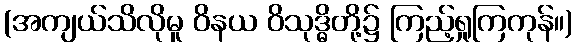
(အကျယ်သိလိုမူ ဝိနယ ဝိသုဒ္ဓိတို့၌ ကြည့်ရှုကြကုန်။)